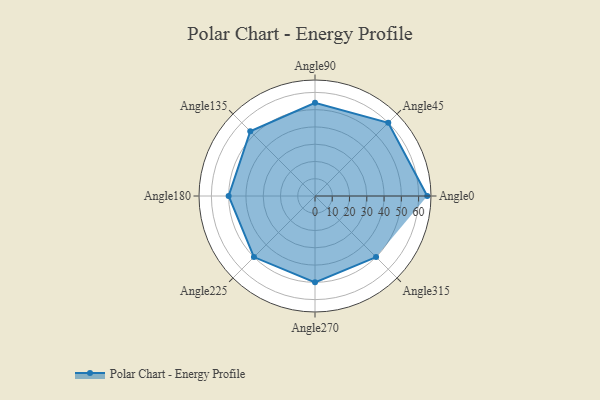
{"axis": {"x": "Angle", "y": "Radius"}, "legend": [""], "data": [{"x": "Angle0", "y": 65.0, "type": ""}, {"x": "Angle45", "y": 60.0, "type": ""}, {"x": "Angle90", "y": 54.0, "type": ""}, {"x": "Angle135", "y": 53.0, "type": ""}, {"x": "Angle180", "y": 50, "type": ""}, {"x": "Angle225", "y": 50, "type": ""}, {"x": "Angle270", "y": 50, "type": ""}, {"x": "Angle315", "y": 50, "type": ""}]}